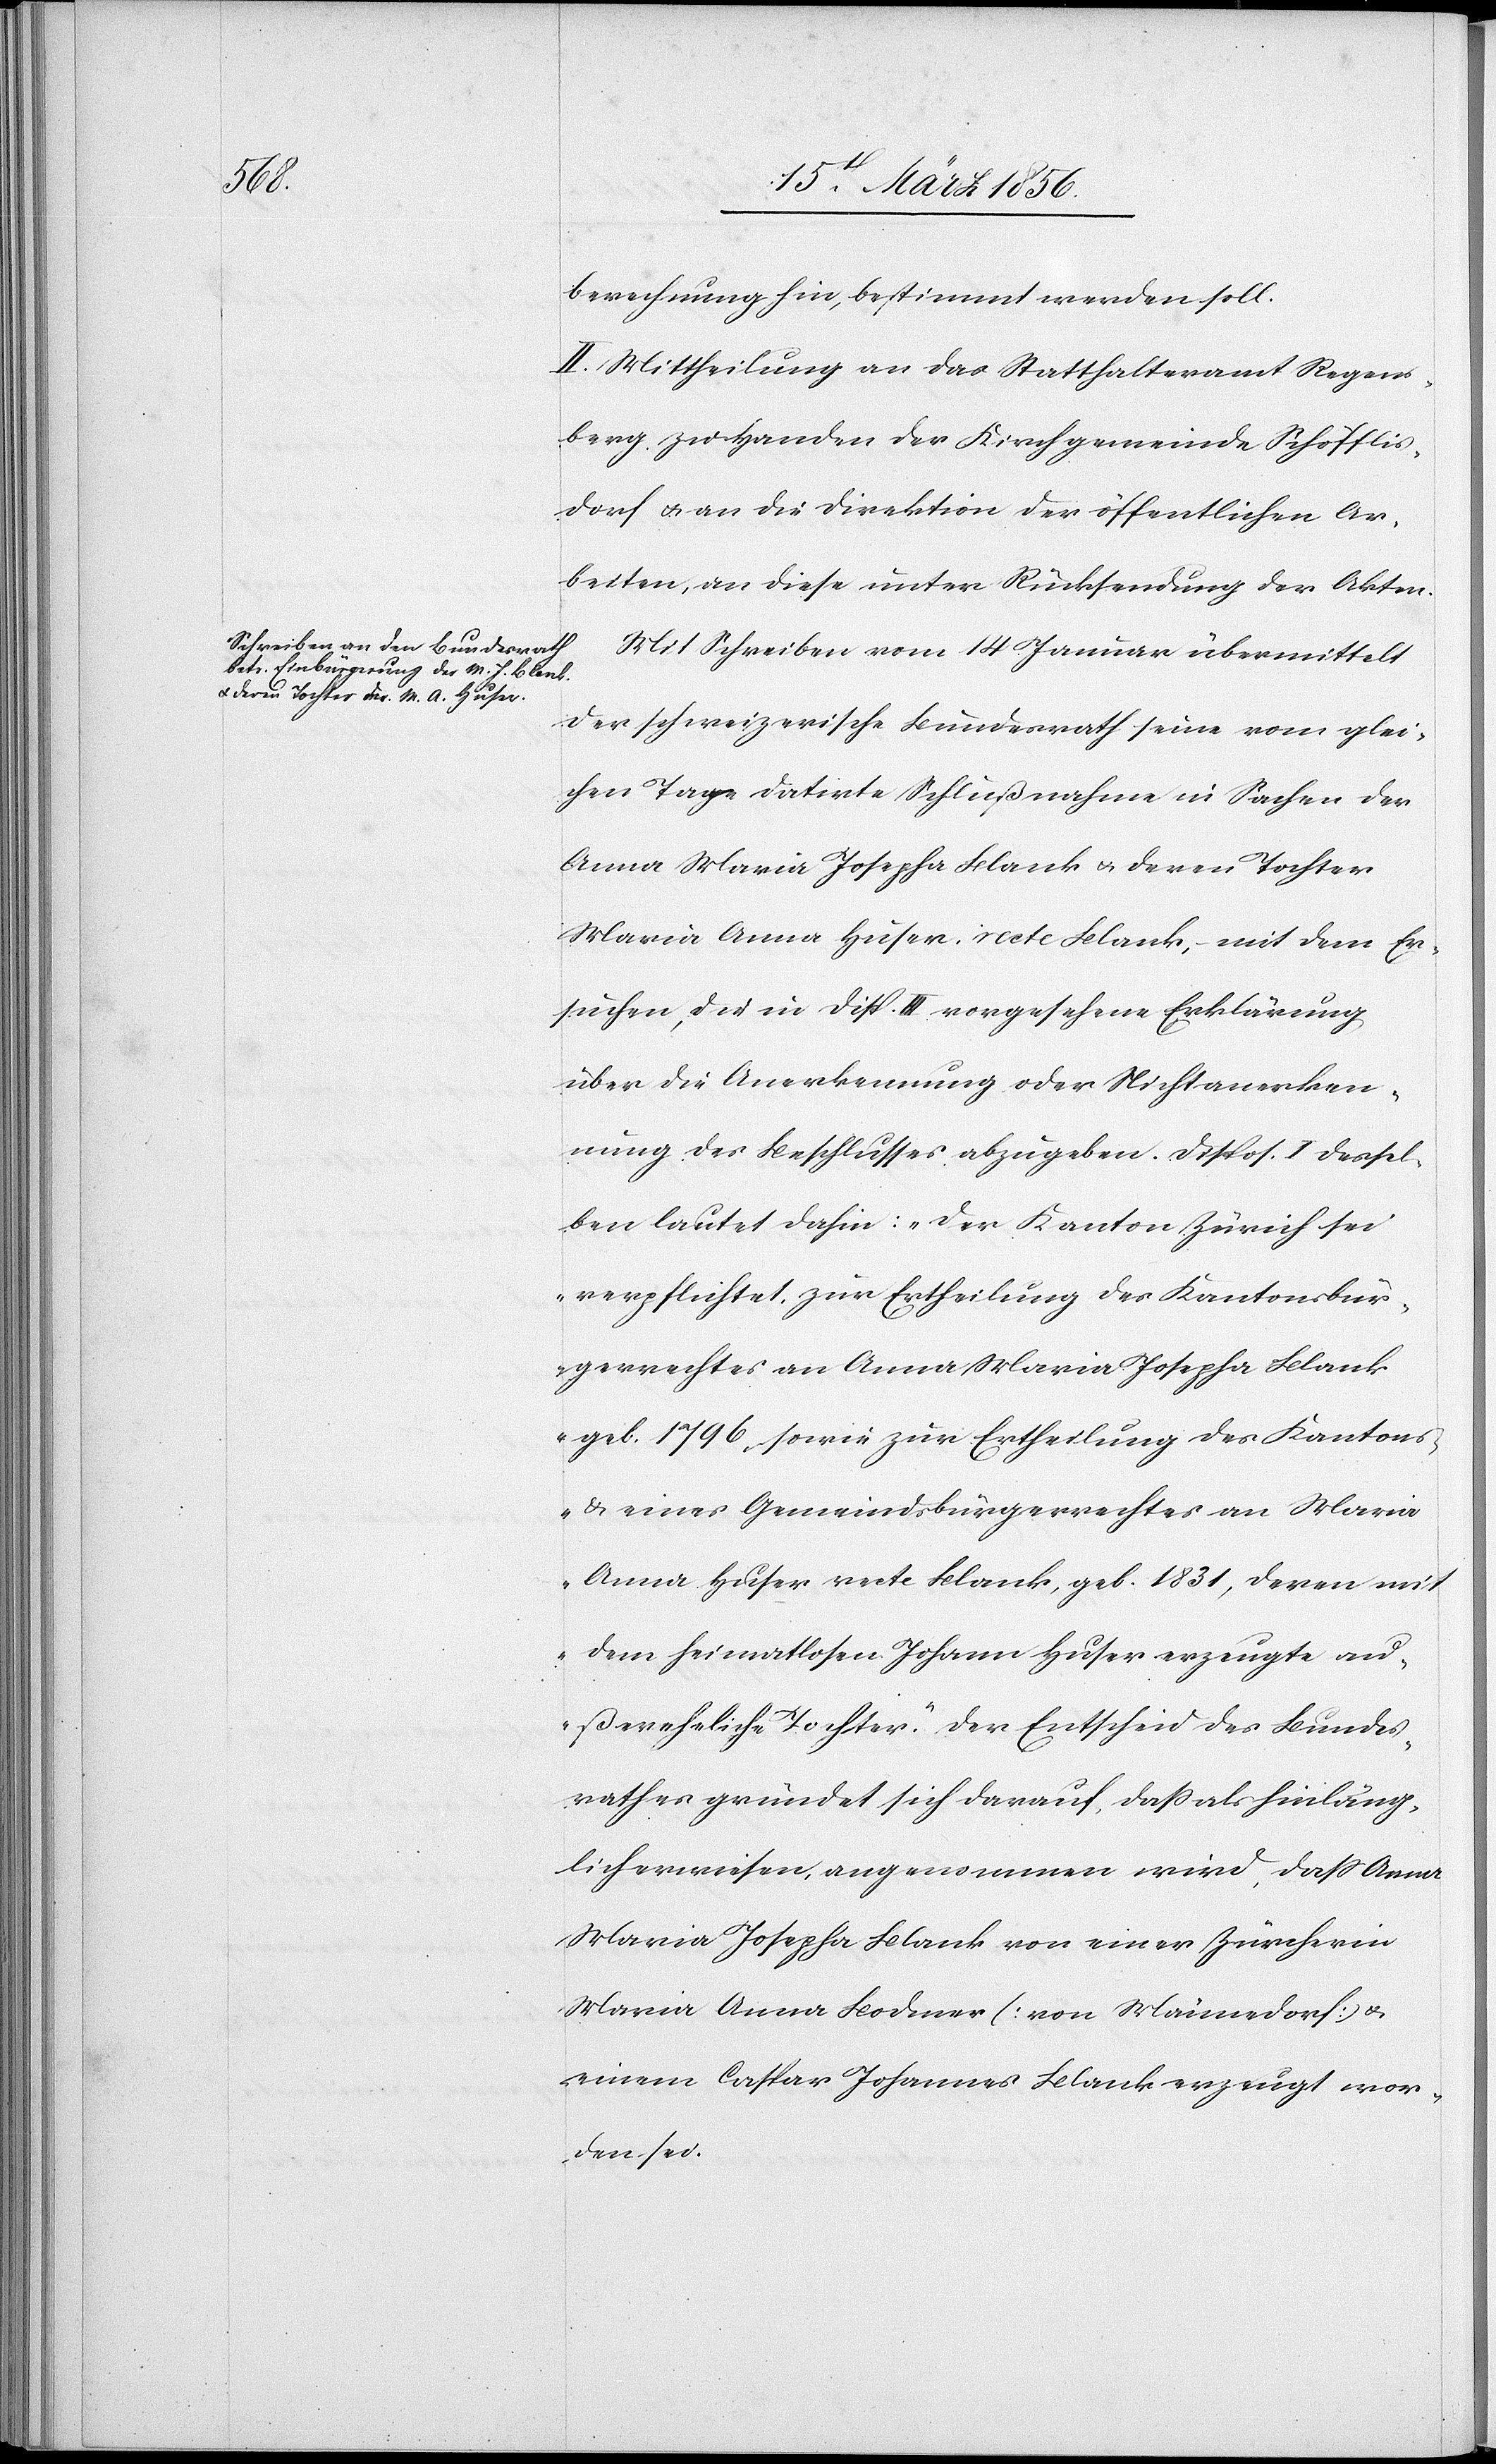
berechnung hin, bestimmt werden soll.
II. Mittheilung an das Statthalteramt Regens¬
berg zu Handen der Kirchgemeinde Schöfflis¬
dorf u. an die Direktion der öffentlichen Ar¬
beiten, an diese unter Rücksendung der Akten.
Mit Schreiben vom 14 Januar übermittelt
der schweizerische Bundesrath seine vom glei¬
chen Tage datirte Schlußnahme in Sachen der
Anna Maria Josepha Blank u. deren Tochter
Maria Anna Huser, recte Blank, – mit dem Er¬
suchen, die in Disp. III vorgesehene Erklärung
über die Anerkennung oder Nichtanerken¬
nung des Beschlusses abzugeben. Dispos. I dessel¬
ben lautet dahin: „Der Kanton Zürich sei
verpflichtet zur Ertheilung des Kantonsbür¬
gerrechtes an Anna Maria Josepha Blank
geb. 1796, sowie zur Ertheilung des Kantons-
& eines Gemeindsbürgerrechtes an Maria
Anna Huser recte Blank, geb. 1831, deren mit
dem heimatlosen Johann Huser erzeugte au¬
ßereheliche Tochter.“ Der Entscheid des Bundes¬
rathes gründet sich darauf, daß als hinläng¬
lich erwiesen, angenommen wird, daß Anna
Maria Josepha Blank von einer Zürcherin
Maria Anna Bodmer [von Männedorf] &
einem Caspar Johannes Blank erzeugt wor¬
den sei.